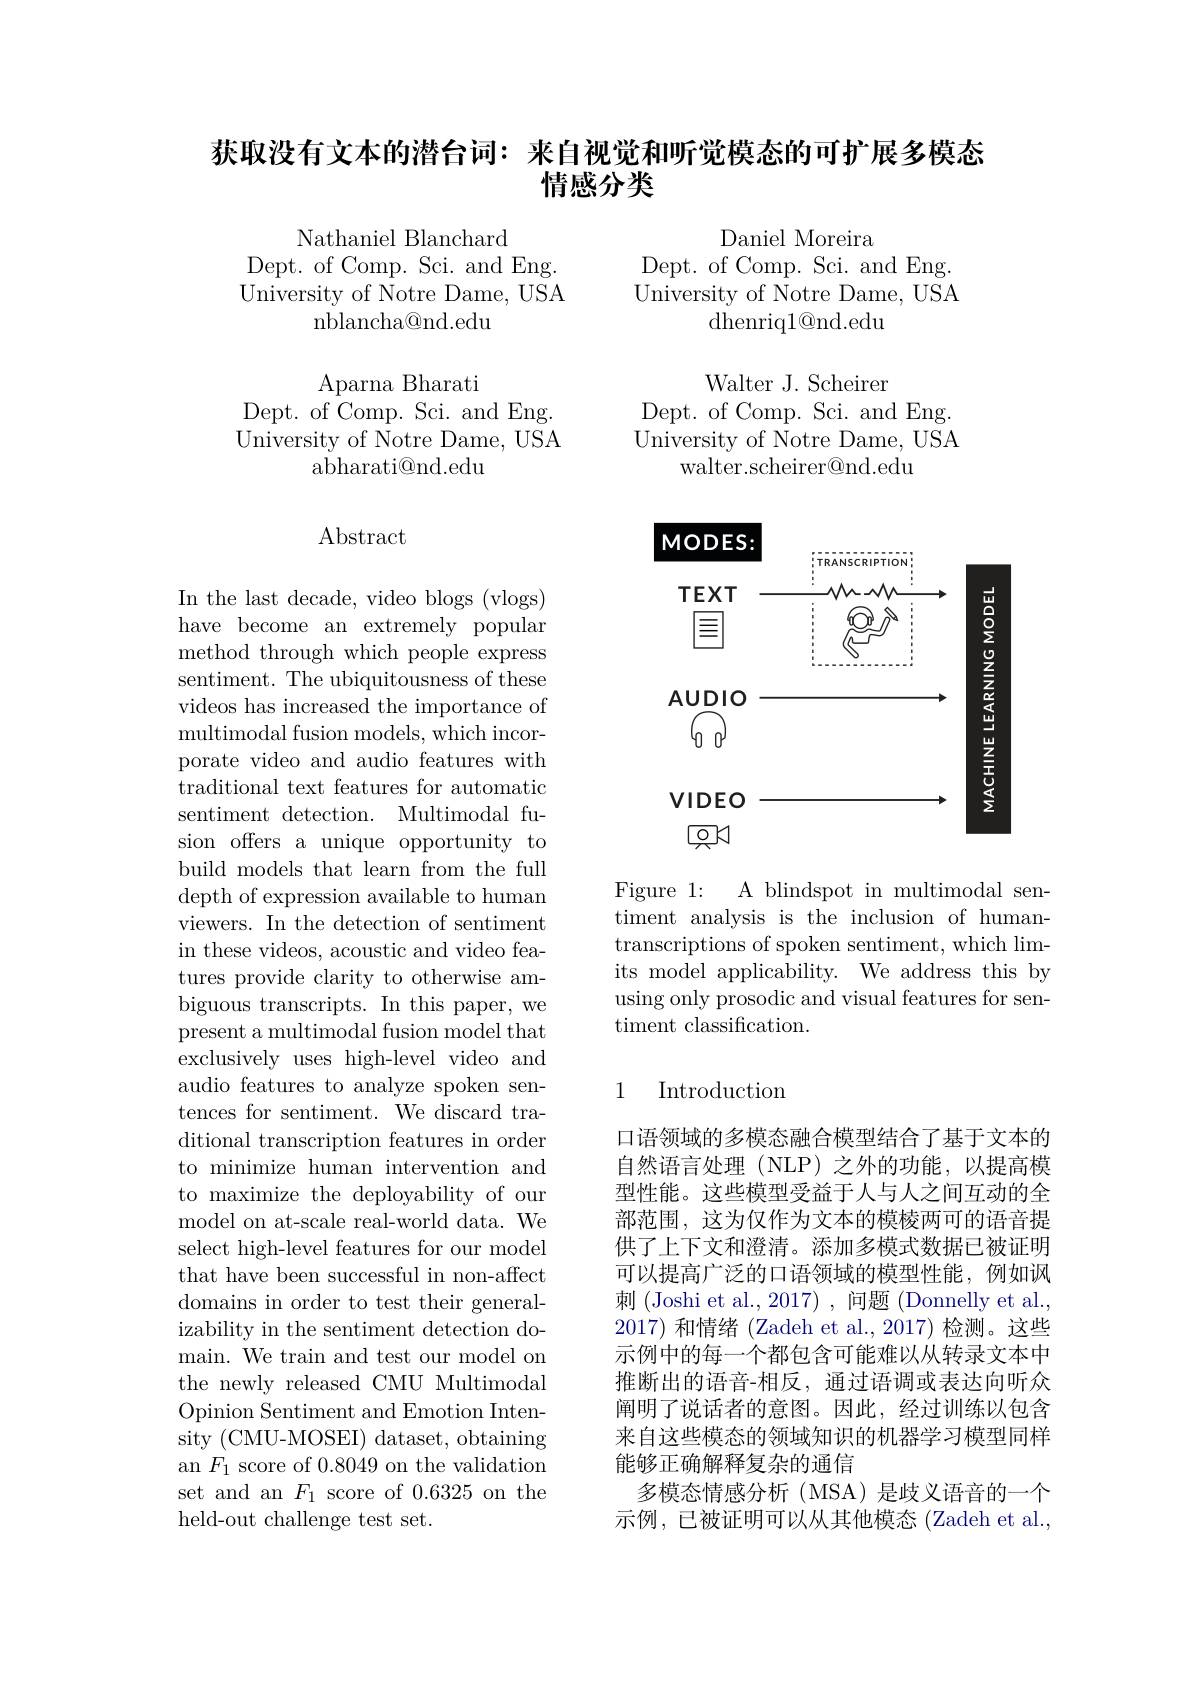
## 获取没有文本的潜台词：来自视觉和听觉模态的可扩展多模态情感分类

Nathaniel Blanchard

Dept. of Comp. Sci. and Eng.

Daniel Moreira
Dept. of Comp. Sci. and Eng. University of Notre Dame, USA
${\mathrm{dhenriq}}1{\mathrm{@nd.edu}}$

University of Notre Dame, USA

${\mathrm{nblancha@nd.edu}}$

Aparna Bharati
Dept. of Comp. Sci. and Eng. $\tilde{\text{University of Notre Dame, USA}}$
abharati@nd.edu

Walter J. Scheirer
Dept. of Comp. Sci. and Eng. $\tilde{\text{University of Notre Dame, USA}}$
walter.scheirer@nd.edu

## Abstract

<FigureHere>

Figure 1: A blindspot in multimodal sentiment analysis is the inclusion of humantranscriptions of spoken sentiment, which limits model applicability. We address this by using only prosodic and visual features for sentiment classification.

In the last decade, video blogs (vlogs) have become an extremely popular method through which people express sentiment. The ubiquitousness of these videos has increased the importance of multimodal fusion models, which incor- porate video and audio features with traditional text features for automatic sentiment detection. Multimodal fusion offers a unique opportunity to build models that learn from the full depth of expression available to human viewers. In the detection of sentiment in these videos, acoustic and video features provide clarity to otherwise ambiguous transcripts. In this paper, we present a multimodal fusion model that exclusively uses high-level video and audio features to analyze spoken sentences for sentiment. We discard traditional transcription features in order to minimize human intervention and to maximize the deployability of our model on at-scale real-world data. We select high-level features for our model that have been successful in non-affect domains in order to test their generalizability in the sentiment detection domain. We train and test our model on the newly released CMU Multimodal Opinion Sentiment and Emotion Intensity (CMU-MOSEI) dataset, obtaining an $F_1$ score of 0.8049 on the validation set and an $F_1$ score of 0.6325 on the held-out challenge test set.

## 1 Introduction

口语领域的多模态融合模型结合了基于文本的自然语言处理(NLP)之外的功能，以提高模型性能。这些模型受益于人与人之间互动的全部范围，这为仅作为文本的模棱两可的语音提供了上下文和澄清。添加多模式数据已被证明可以提高广泛的口语领域的模型性能，例如讽刺 (Joshi et al., 2017) , 问题 (Donnelly et al., 2017)和情绪 (Zadeh et al.,2017)检测。这些示例中的每一个都包含可能难以从转录文本中推断出的语音-相反，通过语调或表达向听众阐明了说话者的意图。因此，经过训练以包含来自这些模态的领域知识的机器学习模型同样能够正确解释复杂的通信
多模态情感分析(MSA)是歧义语音的一个示例，已被证明可以从其他模态 (Zadeh et al.,